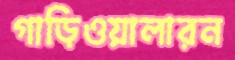
গাড়িওয়ালারন